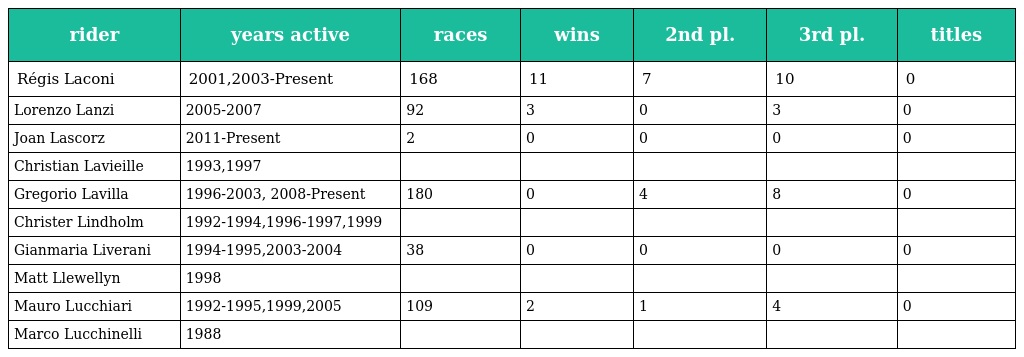
| rider | years active | races | wins | 2nd pl. | 3rd pl. | titles |
 | --- | --- | --- | --- | --- | --- | --- |
 | Régis Laconi | 2001,2003-Present | 168 | 11 | 7 | 10 | 0 |
 | Lorenzo Lanzi | 2005-2007 | 92 | 3 | 0 | 3 | 0 |
 | Joan Lascorz | 2011-Present | 2 | 0 | 0 | 0 | 0 |
 | Christian Lavieille | 1993,1997 |  |  |  |  |  |
 | Gregorio Lavilla | 1996-2003, 2008-Present | 180 | 0 | 4 | 8 | 0 |
 | Christer Lindholm | 1992-1994,1996-1997,1999 |  |  |  |  |  |
 | Gianmaria Liverani | 1994-1995,2003-2004 | 38 | 0 | 0 | 0 | 0 |
 | Matt Llewellyn | 1998 |  |  |  |  |  |
 | Mauro Lucchiari | 1992-1995,1999,2005 | 109 | 2 | 1 | 4 | 0 |
 | Marco Lucchinelli | 1988 |  |  |  |  |  |